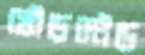
ঘৌড়দৌড়